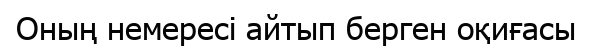
Оның немересі айтып берген оқиғасы